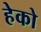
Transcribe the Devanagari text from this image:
हेको